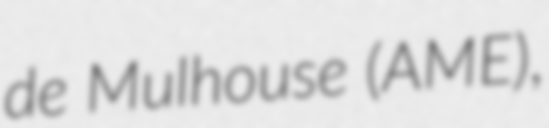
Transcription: de Mulhouse (AME),